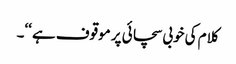
کلام کی خوبی سچائی پر موقوف ہے ‘‘۔